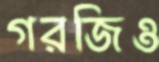
গরজিও